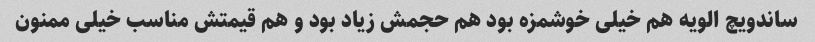
ساندویچ الویه هم خیلی خوشمزه بود هم حجمش زیاد بود و هم قیمتش مناسب خیلی ممنون